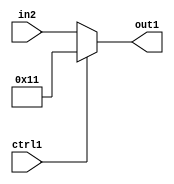
`timescale 1ps / 1ps
/*****************************************************************************
    Verilog RTL Description
    
    
    Created by: Stratus DpOpt 2019.1.01 
*******************************************************************************/

module fix2float_Muxi17u5u1_4_1 (
	in2,
	ctrl1,
	out1
	); /* architecture "behavioural" */ 
input [4:0] in2;
input  ctrl1;
output [4:0] out1;
wire [4:0] asc001;

reg [4:0] asc001_tmp_0;
assign asc001 = asc001_tmp_0;
always @ (ctrl1 or in2) begin
	case (ctrl1)
		1'B1 : asc001_tmp_0 = 5'B10001 ;
		default : asc001_tmp_0 = in2 ;
	endcase
end

assign out1 = asc001;
endmodule

/* CADENCE  uLPyQwo= : u9/ySgnWtBlWxVPRXgAZ4Og= ** DO NOT EDIT THIS LINE ******/